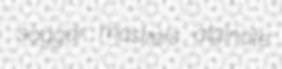
saggar maskers alginate